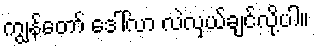
ကျွန်တော် ဒေါ်လာ လဲလှယ်ချင်လို့ပါ။